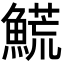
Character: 𩺊